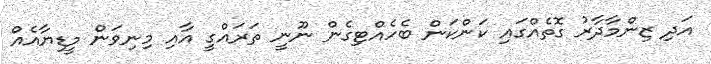
އަދި ޒިންމާދާރު ގޮތެއްގައި ކަންކަން ބެހެއްޓިގެން ނޫނީ ތަރައްގީ އާއި މިނިވަން މީޑިޔާއެއް